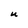
Character: U